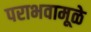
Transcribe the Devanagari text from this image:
पराभवामूळे